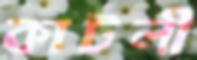
কাটলী